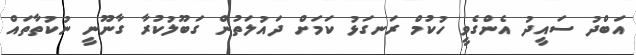
އަބްދު ސައީދު އެންގެވީ ހުކުމް ރަނގަޅު ކަމަށް ދައުލަތުން ގަބޫލުކުރާ ގާނޫނީ ނުކުތާތައް